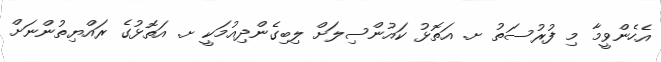
އެހެންވީމާ މި ފުރުސަތު ށ. އަތޮޅު ކައުންސިލަށް ލިބިގެންދިއުމަކީ ށ. އަތޮޅުގެ ރައްޔިތުންނަށް